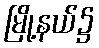
မြို့နယ်၌